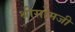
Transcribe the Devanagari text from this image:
श्रीसोमजी